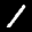
Label: 1